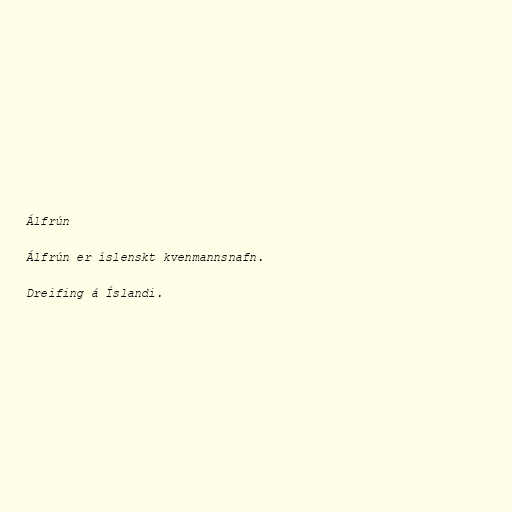
Álfrún

Álfrún er íslenskt kvenmannsnafn.

Dreifing á Íslandi.